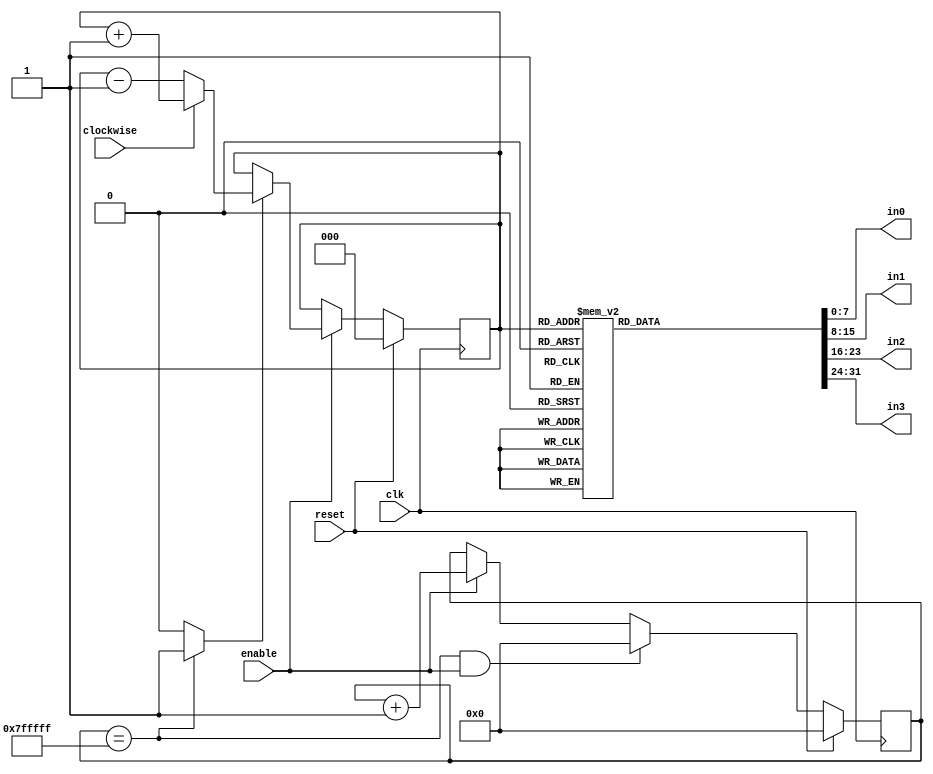
module rotate
  #(
  parameter POWER = 23
  )
  (
   input wire       clk,
   input wire       reset,
   input wire       enable,
   input wire       clockwise,

   output reg [7:0] in0,
   output reg [7:0] in1,
   output reg [7:0] in2,
   output reg [7:0] in3
   );

   // constant declarations
   localparam DVSR = 2**POWER - 1;

   localparam LOW_PATTERN   = 8'b10100011;  // lower square of a SSEG digit
   localparam HIGH_PATTERN  = 8'b10011100;  // upper square of a SSEG digit
   localparam BLANK_PATTERN = 8'b11111111;  // blank SSEG digit

   // signal declarations
   wire [22:0]      timer_next;
   reg [22:0]       timer_reg;
   wire             timer_tick;  // true when time to switch positions

   reg [2:0]        count_next;  // square positions to mux and decode for output
   reg [2:0]        count_reg;

   // -- Next State Logic
   assign timer_next = (timer_reg == DVSR && enable) ? 23'b0 :
                       (enable) ? timer_reg + 1'b1 :
                       timer_reg;
   assign timer_tick = (timer_reg == DVSR) ? 1'b1 : 1'b0;

   always @(*) begin
     count_next = count_reg;
     if (enable) begin
        if (timer_tick == 1'b1) begin
           if (clockwise) begin
              count_next = count_reg + 1'b1;
           end else begin
              count_next = count_reg - 1'b1;
           end
        end
     end
   end // always @ (*)

   // -- Sequential Logic
   always @(posedge clk) begin
      if (reset) begin
         count_reg <= 0;
         timer_reg <= 0;
      end else begin
         count_reg <= count_next;
         timer_reg <= timer_next;
      end
   end // always @ (posedge clk)

   // -- Output Logic
   always @(*) begin

      case (count_reg)

        3'b000:
          begin
             in0 = LOW_PATTERN;
             in1 = BLANK_PATTERN;
             in2 = BLANK_PATTERN;
             in3 = BLANK_PATTERN;
          end
        3'b001:
          begin
             in0 = BLANK_PATTERN;
             in1 = LOW_PATTERN;
             in2 = BLANK_PATTERN;
             in3 = BLANK_PATTERN;
          end
        3'b010:
          begin
             in0 = BLANK_PATTERN;
             in1 = BLANK_PATTERN;
             in2 = LOW_PATTERN;
             in3 = BLANK_PATTERN;
          end
        3'b011:
          begin
             in0 = BLANK_PATTERN;
             in1 = BLANK_PATTERN;
             in2 = BLANK_PATTERN;
             in3 = LOW_PATTERN;
          end
        3'b100:
          begin
             in0 = BLANK_PATTERN;
             in1 = BLANK_PATTERN;
             in2 = BLANK_PATTERN;
             in3 = HIGH_PATTERN;
          end
        3'b101:
          begin
             in0 = BLANK_PATTERN;
             in1 = BLANK_PATTERN;
             in2 = HIGH_PATTERN;
             in3 = BLANK_PATTERN;
          end
        3'b110:
          begin
             in0 = BLANK_PATTERN;
             in1 = HIGH_PATTERN;
             in2 = BLANK_PATTERN;
             in3 = BLANK_PATTERN;
          end
        3'b111:
          begin
             in0 = HIGH_PATTERN;
             in1 = BLANK_PATTERN;
             in2 = BLANK_PATTERN;
             in3 = BLANK_PATTERN;
          end
        default:
          begin
             in0 = BLANK_PATTERN;
             in1 = BLANK_PATTERN;
             in2 = BLANK_PATTERN;
             in3 = BLANK_PATTERN;
          end

      endcase // case (count_reg)
   end // always @ (*)

endmodule // rotate